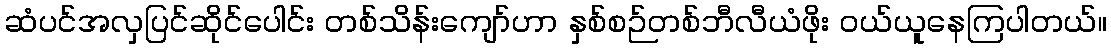
ဆံပင်အလှပြင်ဆိုင်ပေါင်း တစ်သိန်းကျော်ဟာ နှစ်စဉ်တစ်ဘီလီယံဖိုး ဝယ်ယူနေကြပါတယ်။